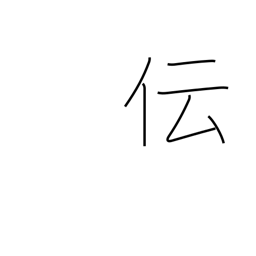
Meaning: communicate